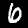
Label: 6